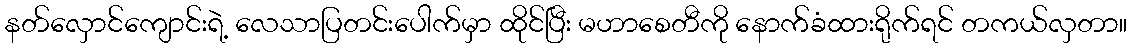
နတ်လှောင်ကျောင်းရဲ့ လေသာပြတင်းပေါက်မှာ ထိုင်ပြီး မဟာစေတီကို နောက်ခံထားရိုက်ရင် တကယ်လှတာ။